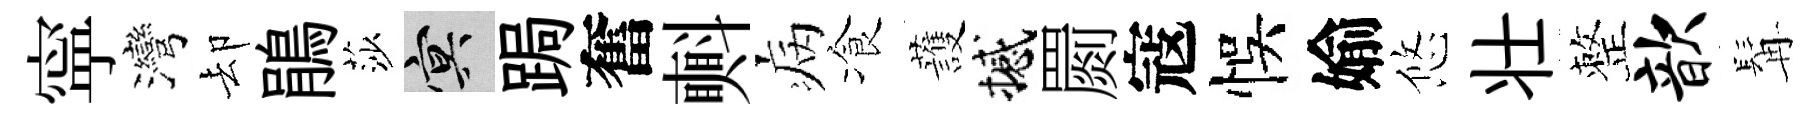
寜灣却鵑莎冥跼奮㪺病飡䕶撼罽寇悞媮悠壮整歆髯